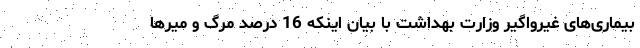
بیماری‌های غیرواگیر وزارت بهداشت با بیان اینکه 16 درصد مرگ و میرها